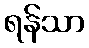
ရန်သာ